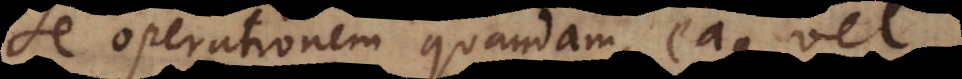
se operationem quandam, eaque vel